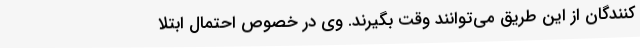
کنندگان از این طریق می‌توانند وقت بگیرند. وی در خصوص احتمال ابتلا